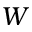
W